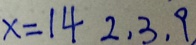
x = 1 4 2 , 3 , 9 .